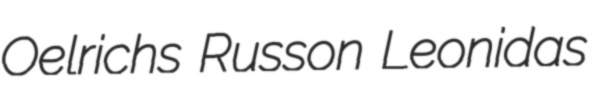
Oelrichs Russon Leonidas